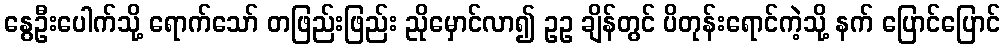
နွေဦးပေါက်သို့ ရောက်သော် တဖြည်းဖြည်း ညိုမှောင်လာ၍ ဥဥ ချိန်တွင် ပိတုန်းရောင်ကဲ့သို့ နက် ပြောင်ပြောင်